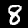
Digit: 8